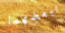
ببعضهما